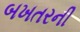
બખતરની